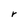
Character: r